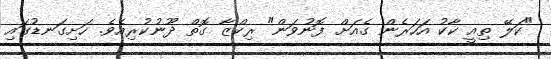
"ކަލޭ ތިއީ ކާކު އަހަރެން ގެއަށް ފޮނުވަން" ރިކްޒާ ގޮތް ދޫނުކުރިއެވެ. ހަށިގަނޑުގައި